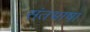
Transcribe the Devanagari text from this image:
संतभाषा